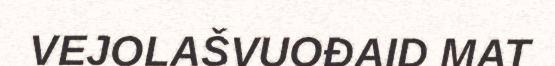
VEJOLAŠVUOĐAID MAT